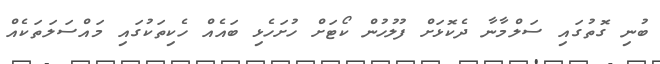
ބުނި ގޮތުގައި ސަލްމާނާ ދެކޮޅަށް ފުލުހުން ކޯޓަށް ހުށަހެޅި ބައެއް ހެކިތަކުގައި މައްސަލަތަކެއް